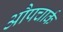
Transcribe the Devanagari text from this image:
औपचार्क